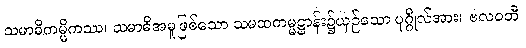
သမာဓိကမ္မိကဿ၊ သမာဓိအမှုဖြစ်သော သမထကမ္မဋ္ဌာန်း၌ယှဉ်သော ပုဂ္ဂိုလ်အား။ ဗလဝတီ၊